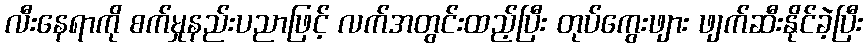
လီးနေရာကို စက်မှုနည်းပညာဖြင့် လက်အတွင်းထည့်ပြီး တုပ်ကွေးဖျား ဖျက်ဆီးနိုင်ခဲ့ပြီး